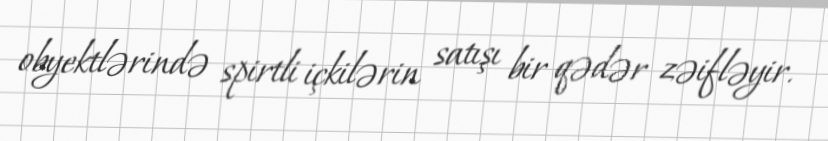
obyektlərində spirtli içkilərin satışı bir qədər zəifləyir.